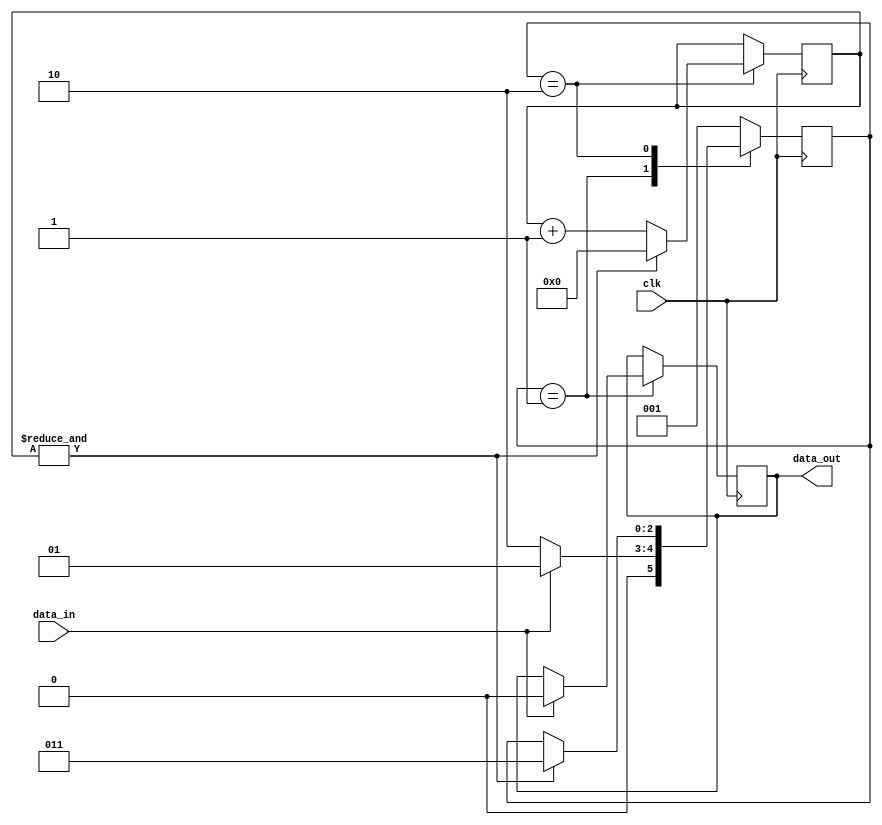
`timescale 1ns / 1ps
module uart_rx(
input               clk,
input               data_in,
output reg          data_out

    );
parameter clk_freq = 100_000_000;  
parameter baud_rate = 115_200;

parameter reset        =   3'b111;      
parameter idle         =   3'b001;
parameter start        =   3'b010;
parameter data_gonder  =   3'b011;
parameter sumcheck     =   3'b100;

reg [2:0]       state          = 3'b001;
reg [15:0]      gelen_baslik   = 16'b0;
reg [127:0]     gelen_data     = 128'b0;
reg [15:0]      gelen_sumcheck = 16'b0;
reg [3:0]       start_index    = 4'b0;

always@ (posedge clk) begin
    
    case(state)
        default: begin
            state <= idle;                              // default durum idle durumu
        end
        idle: begin
            if(data_in == 1'b1)begin
                data_out <= 0;
                state <= idle;
            end else if(data_in==0) begin
                state <= start;
            end
        end
        
        start: begin
            gelen_baslik <= data_in;
            if(&start_index)begin                       // son bite geldik her sey yazildi simdi data gondermine baslayabiliriz,
                start_index = 4'b0;
                state <= data_gonder;
            end else begin
                start_index = start_index +1;
            end
        end        
    
    endcase
end


endmodule